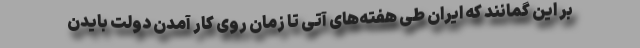
بر این گمانند که ایران طی هفته‌های آتی تا زمان روی کار آمدن دولت بایدن